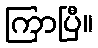
ကြာပြီ။